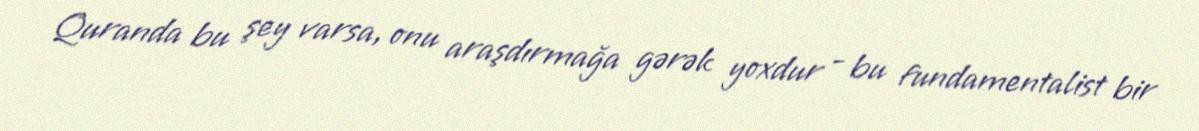
Quranda bu şey varsa, onu araşdırmağa gərək yoxdur - bu fundamentalist bir